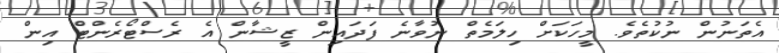
އެތަނުން ނުކުތެވެ. މީހަކަށް ހިލަމެތް ނުވާނެ ފަދައިން ޒީޝާން އެ ރެސްޓޯރެންޓް އިން